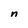
Character: n